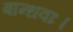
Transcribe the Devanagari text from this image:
बान्धवाः।